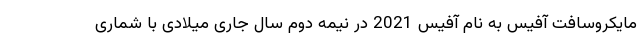
مایکروسافت آفیس به نام آفیس 2021 در نیمه دوم سال جاری میلادی با شماری